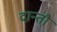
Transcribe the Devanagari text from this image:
दान्तौ